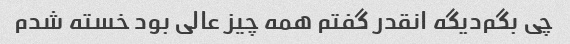
چی بگم‌دیگه انقدر گفتم همه چیز عالی بود خسته شدم